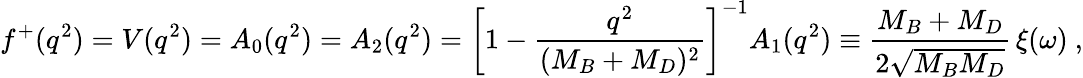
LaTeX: f^{+}(q^{2})=V(q^{2})=A_{0}(q^{2})=A_{2}(q^{2})=\left[1-\frac{q^{2}}{(M_{B}+M_{D})^{2}}\right]^{-1}A_{1}(q^{2})\equiv\frac{M_{B}+M_{D}}{2\sqrt{M_{B}M_{D}}}\, \xi(\omega)\ ,